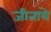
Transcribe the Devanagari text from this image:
जीताये